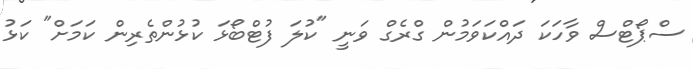
ސްޕޯޓްސް ވާހަކަ ދައްކަވަމުން ގްރެގް ވަނީ "ކުލަ ފުޓްބޯޅަ ކުޅުންތެރިން ކަމަށް" ކަޅު